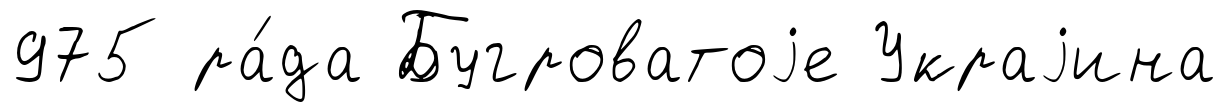
975 ра́да Бугроватоjе Украjина